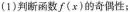
(1)判断函数f(x)的奇偶性;